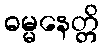
ဓမ္မနေတ္တိ